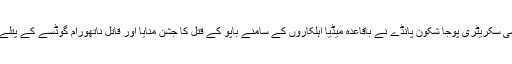
مہاسبھا کی قومی سکریٹری پوجا شکون پانڈے نے باقاعدہ میڈیا اہلکاروں کے سامنے باپو کے قتل کا جشن منایا اور قاتل ناتھورام گوڈسے کے پتلے پر ہار چڑھایا۔